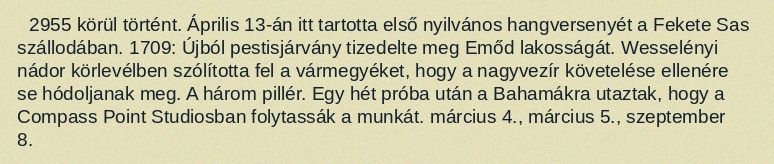
2955 körül történt. Április 13-án itt tartotta első nyilvános hangversenyét a Fekete Sas szállodában. 1709: Újból pestisjárvány tizedelte meg Emőd lakosságát. Wesselényi nádor körlevélben szólította fel a vármegyéket, hogy a nagyvezír követelése ellenére se hódoljanak meg. A három pillér. Egy hét próba után a Bahamákra utaztak, hogy a Compass Point Studiosban folytassák a munkát. március 4., március 5., szeptember 8.